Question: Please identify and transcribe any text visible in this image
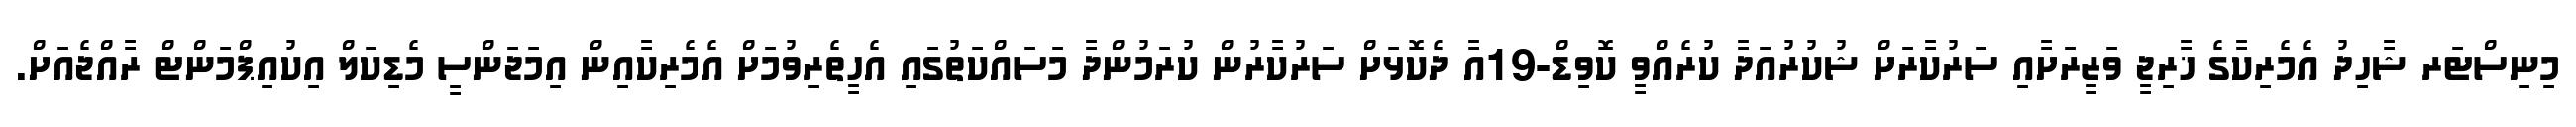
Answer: މިނިސްޓަރ ޝާހިދު އެމެރިކާގެ ޚާރިޖީ ވަޒީރަށާއި ސަރުކާރަށް ޝުކުރުއަދާ ކުރެއްވީ ކޮވިޑް-19އާ ދެކޮޅަށް ސަރުކާރުން ކުރަމުންދާ މަސައްކަތުގައި އެހީތެރިވުމަށް އެމެރިކާއިން އިމަޖަންސީ މެޑިކަލް އިކުއިޕްމަންޓް ރާއްޖެއަށް.